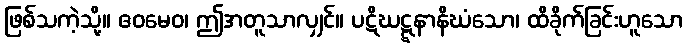
ဖြစ်သကဲ့သို့။ ဧဝမေဝ၊ ဤအတူသာလျှင်။ ပဋိဃဋ္ဋနာနိဃံသော၊ ထိခိုက်ခြင်းဟူသော